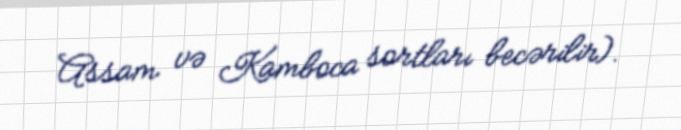
Assam və Kamboca sortları becərilir).